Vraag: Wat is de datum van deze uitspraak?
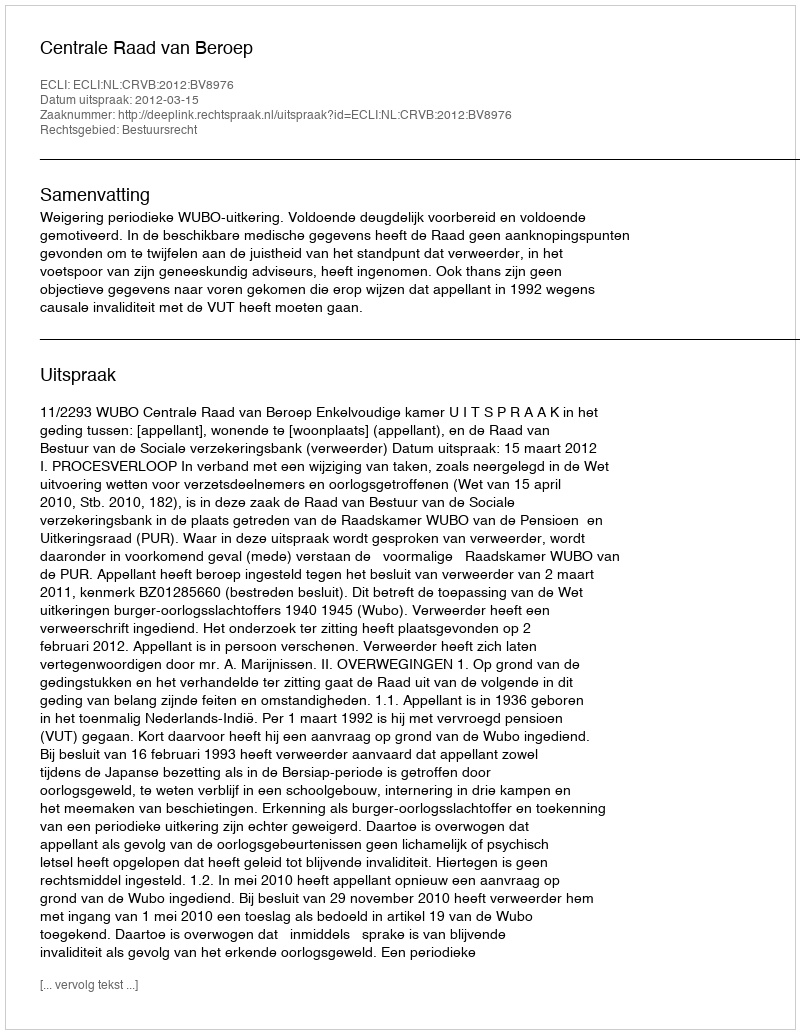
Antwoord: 2012-03-15